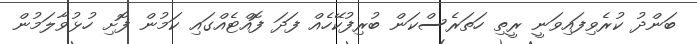
ބަންދު ކުރެވިފައިވަނީ ރީތި ހަތަރެސްކަން ބުރިފުކޭހެއް ފަދަ ފޮއްޓެއްގައި ކަމުން ފޮށި ހުޅުވާލަމުން